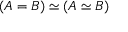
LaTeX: ( A = B ) \simeq ( A \simeq B )